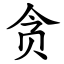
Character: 贪